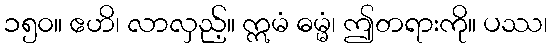
၁၅၀။ ဧဟိ၊ လာလှည့်။ ဣမံ ဓမ္မံ၊ ဤတရားကို။ ပဿ၊